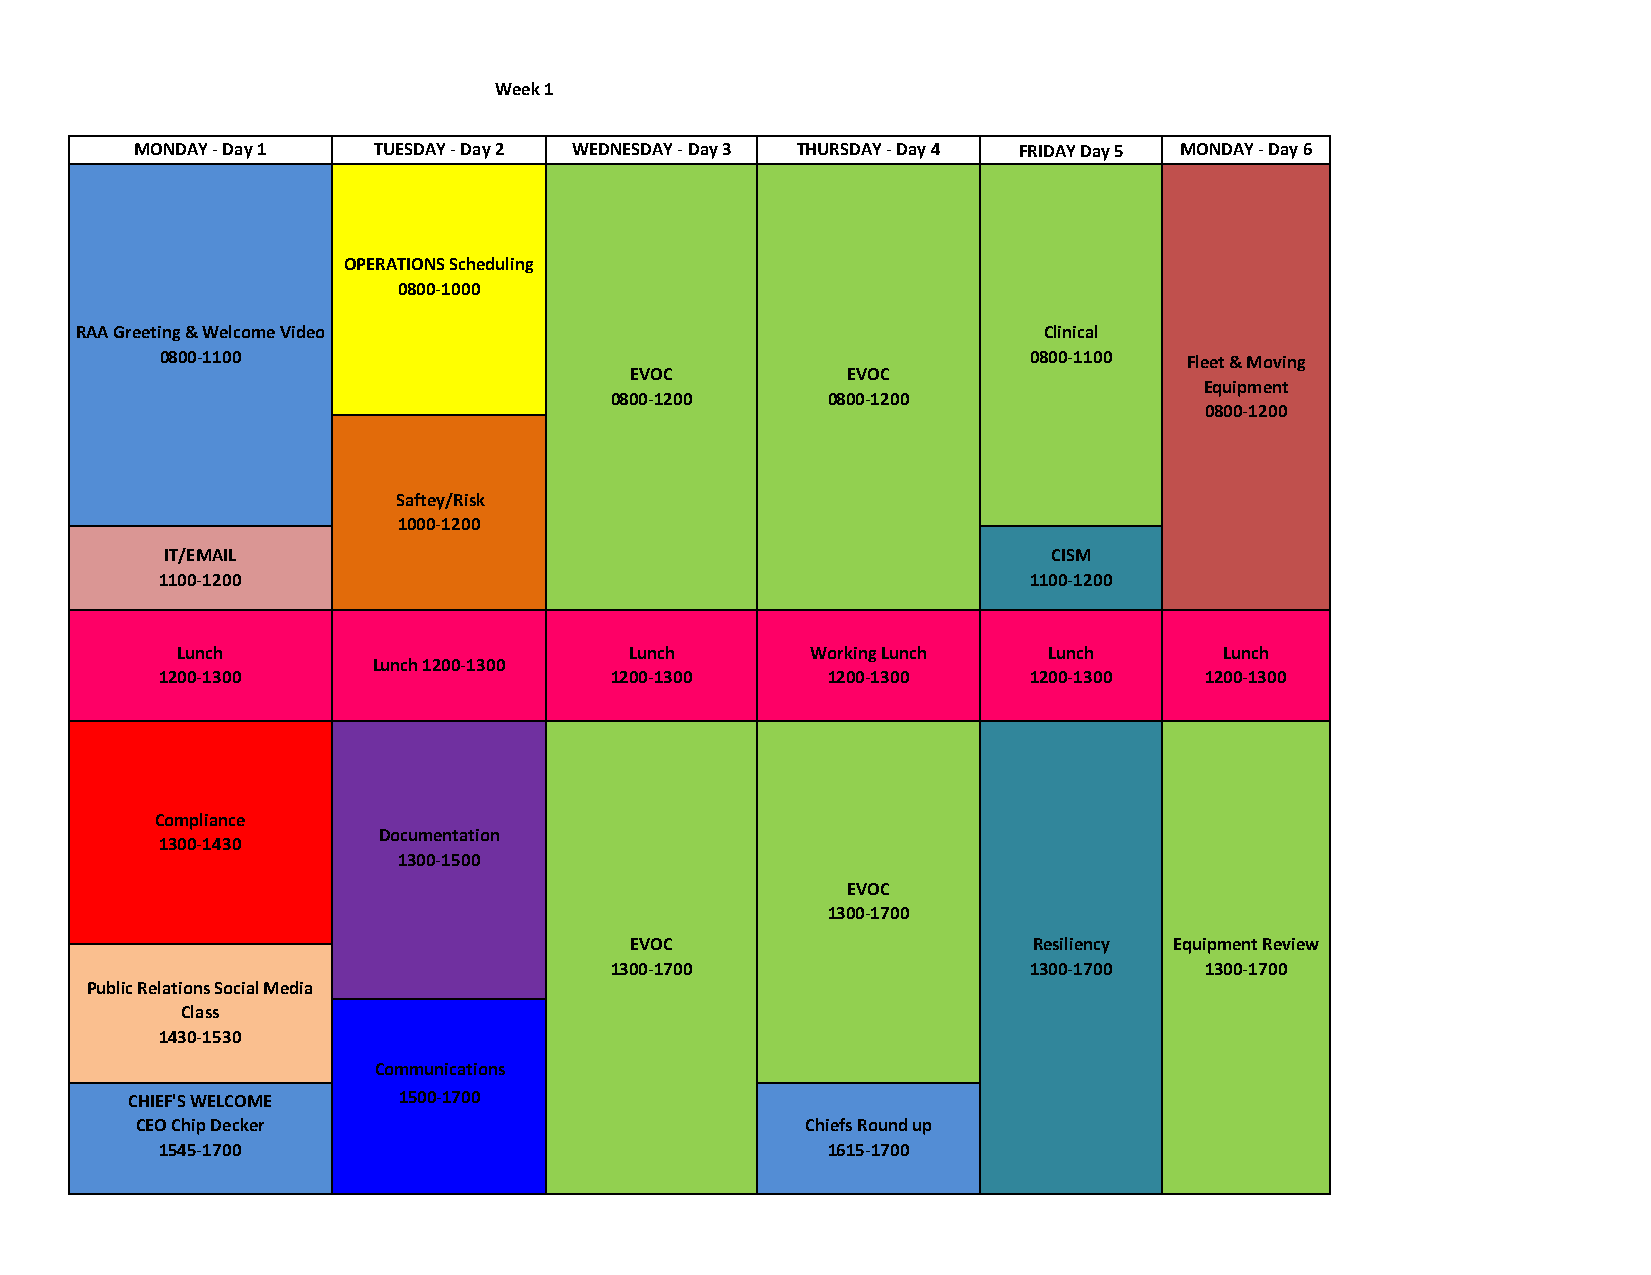
Week 1
 MONDAY - Day 1  TUESDAY - Day 2 WEDNESDAY - Day 3 THURSDAY - Day 4 FRIDAY Day 5 MONDAY - Day 6
 OPERATIONS Scheduling
 0800-1000
 RAA Greeting & Welcome Video                                    Clinical
 0800-1100                                                0800-1100  Fleet & Moving
 EVOC          EVOC
 Equipment
 0800-1200      0800-1200
 0800-1200
 Saftey/Risk
 1000-1200
 IT/EMAIL                                                   CISM
 1100-1200                                                1100-1200
 Lunch                         Lunch       W o r k i n g L u n c h L u n c h L u n c h
 Lunch 1200-1300
 1200-1300                    1200-1300      1200-1300    1200-1300   1200-1300
 Compliance
 Documentation
 1300-1430
 1300-1500
 EVOC
 1300-1700
 EVOC                      Resiliency E q u i p m e n t R eview
 1300-1700                   1300-1700   1300-1700
 Public Relations Social Media
 Class
 1430-1530
 Communications
 CHIEF'S WELCOME   1 5 0 0 - 1 7 0 0
 CEO Chip Decker                             Chiefs Round up
 1545-1700                                   1615-1700